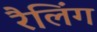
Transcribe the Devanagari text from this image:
रैलिंग